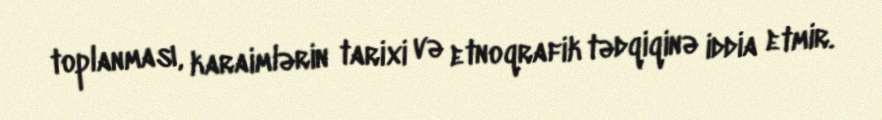
toplanması, karaimlərin tarixi və etnoqrafik tədqiqinə iddia etmir.